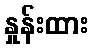
နှုန်းထား